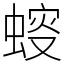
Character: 䗏